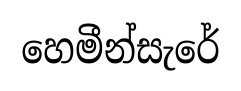
හෙමීන්සැරේ